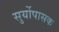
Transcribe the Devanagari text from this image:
सुर्योपासक